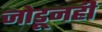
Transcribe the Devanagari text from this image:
जोडूनही